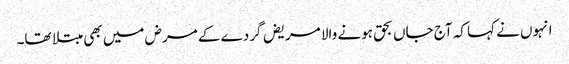
انہوں نے کہا کہ آج جاں بحق ہونے والا مریض گردے کے مرض میں بھی مبتلا تھا۔